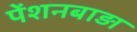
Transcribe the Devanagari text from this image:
पेंशनबाड़ा